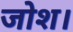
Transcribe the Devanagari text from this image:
जोश।